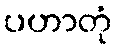
ပဟာတုံ